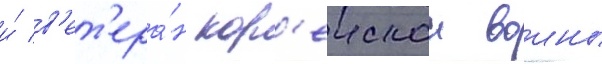
и́ в'ет'ера́н кор'еискои воины